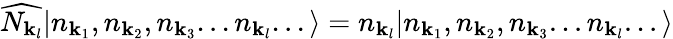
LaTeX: {\widehat{N_{{\mathbf{k}}_{l}}}}|n_{{\mathbf{k}}_{1}},n_{{\mathbf{k}}_{2}},n_{{\mathbf{k}}_{3}}...n_{{\mathbf{k}}_{l}}...\rangle=n_{{\mathbf{k}}_{l}}|n_{{\mathbf{k}}_{1}},n_{{\mathbf{k}}_{2}},n_{{\mathbf{k}}_{3}}...n_{{\mathbf{k}}_{l}}...\rangle